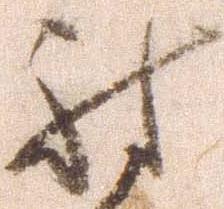
討